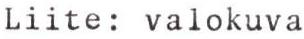
Liite: valokuva